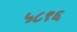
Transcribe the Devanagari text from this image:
५८९६